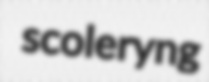
scoleryng